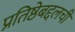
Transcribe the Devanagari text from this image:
प्रतिष्ठेबद्दलची